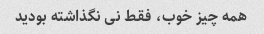
همه چیز خوب، فقط نی نگذاشته بودید